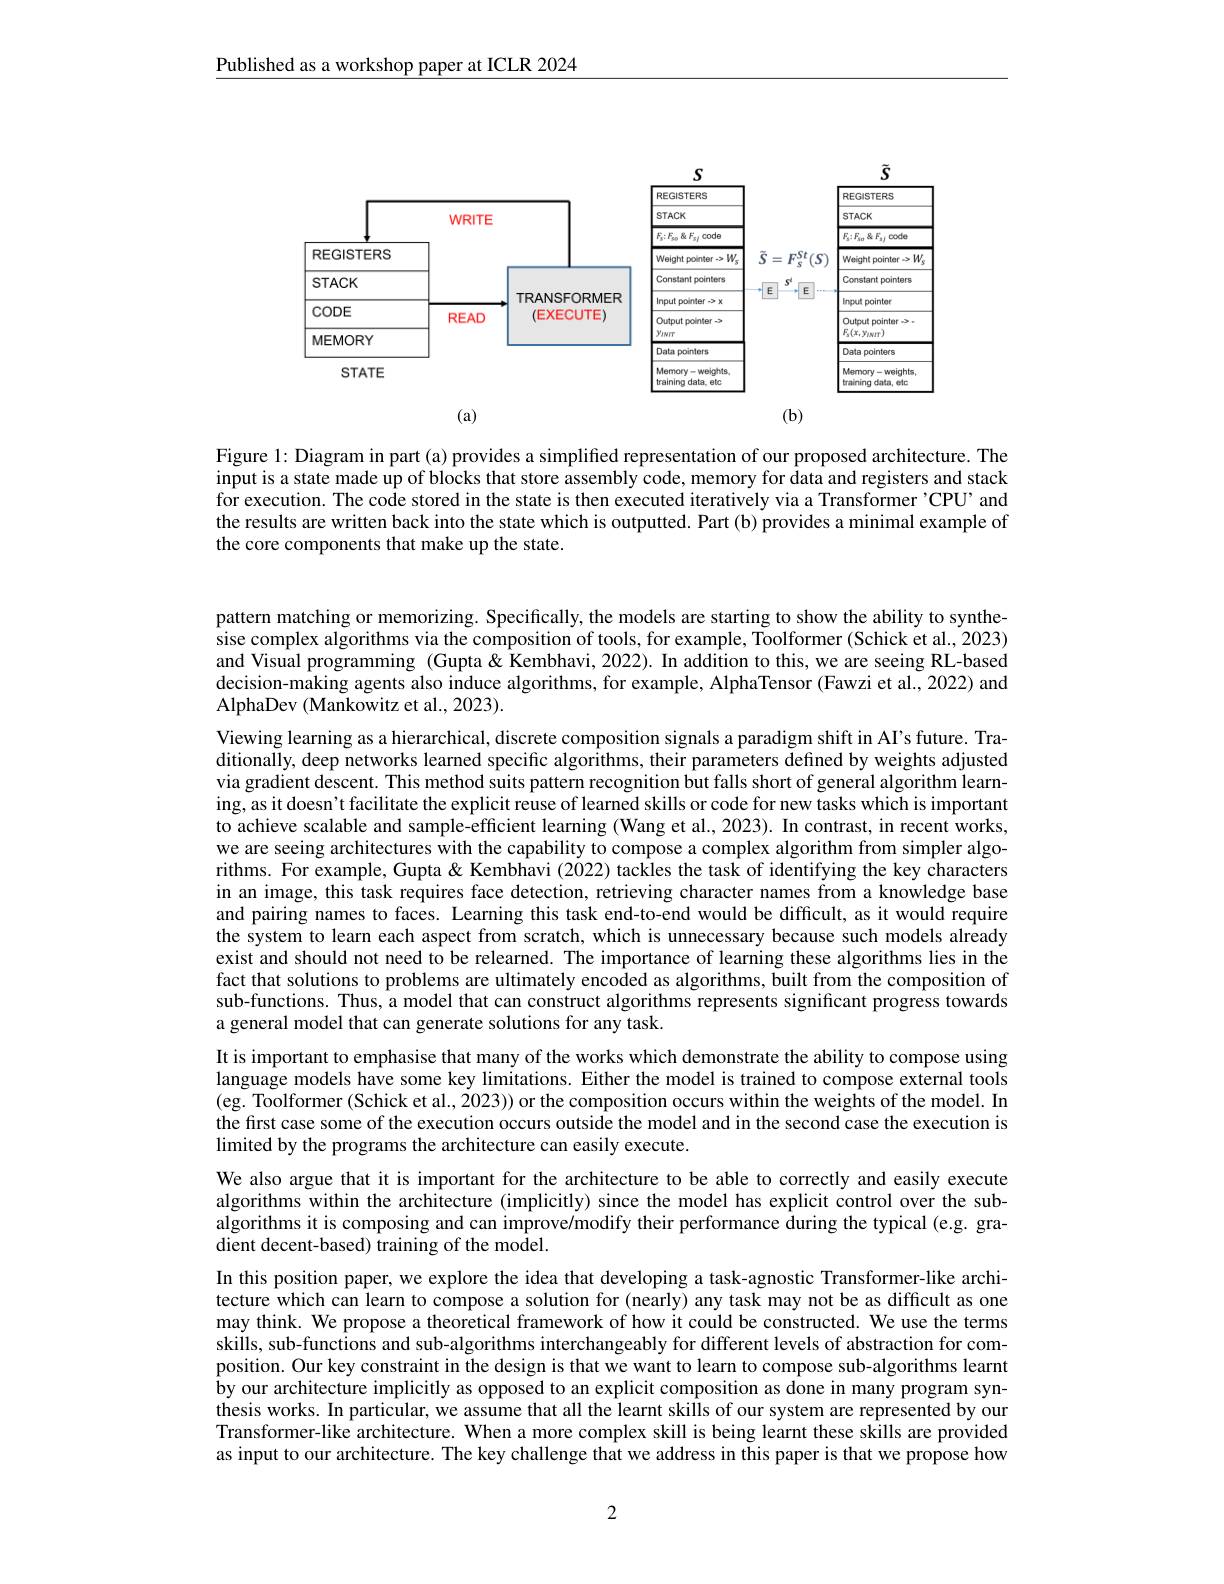
Published as a workshop paper at ICLR 2024

<FigureHere>

Figure 1: Diagram in part (a) provides a simplified representation of our proposed architecture. The input is a state made up of blocks that store assembly code, memory for data and registers and stack for execution. The code stored in the state is then executed iteratively via a Transformer 'CPU' and the results are written back into the state which is outputted. Part (b) provides a minimal example of the core components that make up the state.

pattern matching or memorizing. Specifically, the models are starting to show the ability to synthesise complex algorithms via the composition of tools, for example, Tõolformer (Schick et al., 2023) and Visual programming (Gupta&Kembhavi, 2022). In addition to this, we are seeing RL-based decision-making agents also induce algorithms, for example, AlphaTensor (Fawzi et al., 2022) and AlphaDev (Mankowitz et al., 2023).

Viewing learning as a hierarchical, discrete composition signals a paradigm shift in AI's future. Traditionally, deep networks learned specific algorithms, their parameters defined by weights adjusted via gradient descent. This method suits pattern recognition but falls short of general algorithm learning, as it doesn't facilitate the explicit reuse of learned skills or code for new tasks which is important to achieve scalable and sample-efficient learning (Wang et al., 2023). In contrast, in recent works, we are seeing architectures with the capability to compose a complex algorithm from simpler algorithms. For example, Gupta & Kembhavi (2022) tackles the task of identifying the key characters in an image, this task requires face detection, retrieving character names from a knowledge base and pairing names to faces. Learning this task end-to-end would be difficult, as it would require the system to learn each aspect from scratch, which is unnecessary because such models already exist and should not need to be relearned. The importance of learning these algorithms lies in the fact that solutions to problems are ultimately encoded as algorithms, built from the composition of sub-functions. Thus, a model that can construct algorithms represents significant progress towards a general model that can generate solutions for any task.
It is important to emphasise that many of the works which demonstrate the ability to compose using

language models have some key limitations. Either the model is trained to compose external tools (eg. Toolformer(Schick et al., $\dot{2}023))$ or the composition occurs within the weights of the model. In the first case some of the execution occurs outside the model and in the second case the execution is limited by the programs the architecture can easily execute.

We also argue that it is important for the architecture to be able to correctly and easily execute algorithms within the architecture (implicitly) since the model has explicit control over the subalgorithms it is composing and can improve/modify their performance during the typical (e.g. gradient decent-based) training of the model.

In this position paper, we explore the idea that developing a task-agnostic Transformer-like architecture which can learn to compose a solution for (nearly) any task may not be as difficult as one may think. We propose a theoretical framework of how it could be constructed. We use the terms skills, sub-functions and sub-algorithms interchangeably for different levels of abstraction for composition. Our key constraint in the design is that we want to learn to compose sub-algorithms learnt by our architecture implicitly as opposed to an explicit composition as done in many program synthesis works. In particular, we assume that all the learnt skills of our system are represented by our Transformer-like architecture. When a more complex skill is being learnt these skills are provided as input to our architecture. The key challenge that we address in this paper is that we propose how

2